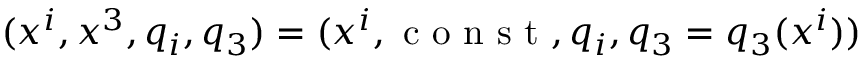
( x ^ { i } , x ^ { 3 } , q _ { i } , q _ { 3 } ) = ( x ^ { i } , \mathrm { ~ c ~ o ~ n ~ s ~ t ~ } , q _ { i } , q _ { 3 } = q _ { 3 } ( x ^ { i } ) )